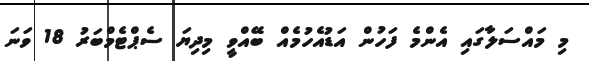
މި މައްސަލާގައި އެންމެ ފަހުން އަޑުއެހުމެއް ބޭއްވީ މިދިޔަ ސެޕްޓެމްބަރު 18 ވަނަ